Annual report of the Imperial Bacteriological Laboratory, Muktesar
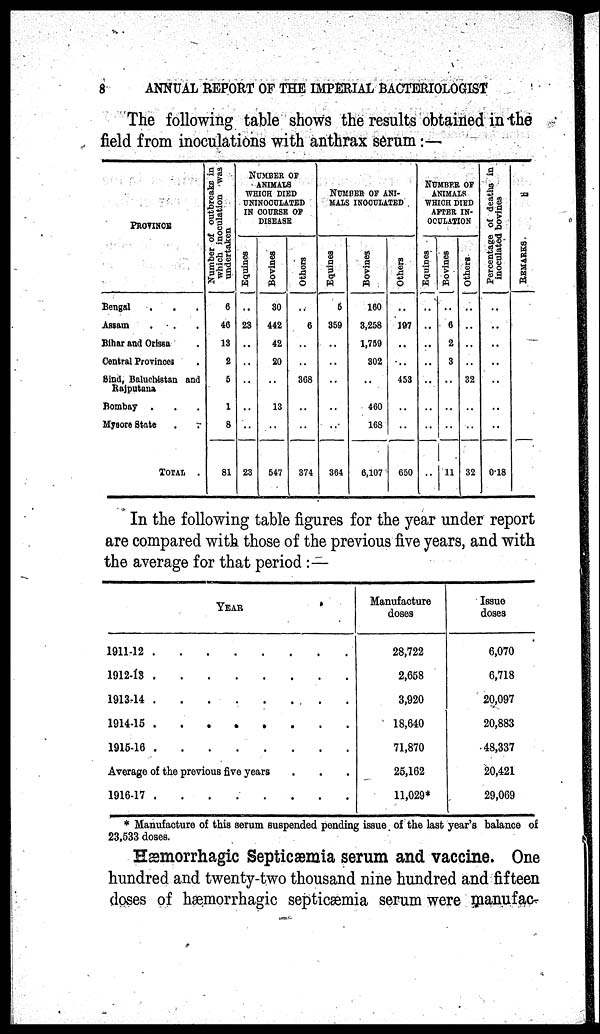
8
ANNUAL REPORT OF THE IMPERIAL BACTERIOLOGIST
The following table shows the results obtained in the
field from inoculations with anthrax serum:—
PROVINCE
Bengal
Assam
Bihar and Orissa
Central Provinces
Sind, Baluchistan and
Rajputana
Bombay
Mysore State
TOTAL
Number of outbreaks in
which inoculation wa s
undertaken
6
46
13
2
5
1
8
81
NUMBER OF
ANIMALS
WHICH DIED
UNINOCULATED
IN COURSE OF
DISEASE
Equines
..
23
..
..
..
..
..
23
Bovines
30
442
42
20
..
13
..
547
Others
..
6
..
..
368
..
..
374
NUMBER OF ANI-
MALS INOCULATED
Equines
5
359
..
..
..
..
364
Bovines
160
3,258
1,759
302
..
460
168
6,107
Others
..
197
..
..
453
..
..
650
NUMBER OF
ANIMALS
WHICH DIED
AFTER IN¬
OCULATION
Equines
..
..
..
..
..
..
..
..
Bovines
..
6
2
3
..
..
..
11
Others
..
..
..
..
32
..
..
32
Percentage of deaths in
inoculated bovines
..
..
..
..
..
..
..
0.18
REMARKS
In the following table figures for the year under report
are compared with those of the previous five years, and with
the average for that period :—
1911-12
1912-13
1913-14
1914-15
1915-16
YEAR
.
.
.
.
.
.
.
.
.
.
.
.
.
.
.
.
.
.
.
.
.
.
.
.
.
Average of the previous five years
1916-17
. . . .
.
.
.
.
.
.
.
.
.
.
.
.
.
.
.
.
.
.
.
.
.
.
Manufacture
doses
28,722
2,658
3,920
18,640
71,870
25,162
11,029*
Issue
doses
6,070
6,718
20,097
20,883
48,337
20,421
29,069
* Manufacture of this serum suspended pending issue of the last year's balance of
23,533 doses.
Hæmorrhagic Septicæmia serum and vaccine. One
hundred and twenty-two thousand nine hundred and fifteen
doses of hæmorrhagic septicæmia serum were manufac¬